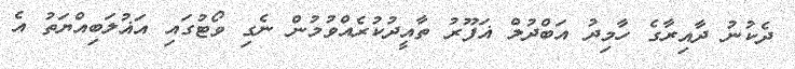
ދެކުނު ދާއިރާގެ ހާމިދު އަބްދުލް ޣަފޫރު ތާއީދުކުރެއްވުމުން ނެގި ވޯޓުގައި އަޣުލަބިއްޔަތު އެ